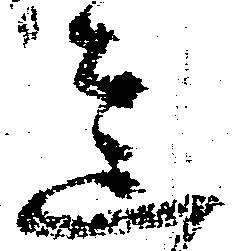
意